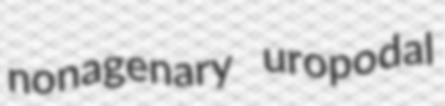
nonagenary uropodal